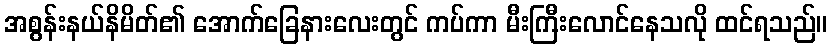
အစွန်းနယ်နိမိတ်၏ အောက်ခြေနားလေးတွင် ကပ်ကာ မီးကြီးလောင်နေသလို ထင်ရသည်။